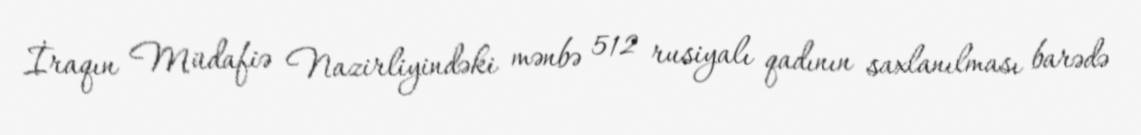
İraqın Müdafiə Nazirliyindəki mənbə 512 rusiyalı qadının saxlanılması barədə